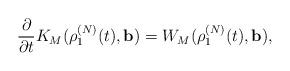
LaTeX: \begin{align*}\frac{\partial }{\partial t}K_{M}(\rho _{1}^{(N)}(t),\mathbf{b})=W_{M}(\rho_{1}^{(N)}(t),\mathbf{b}), \end{align*}